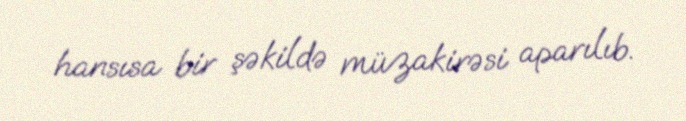
hansısa bir şəkildə müzakirəsi aparılıb.